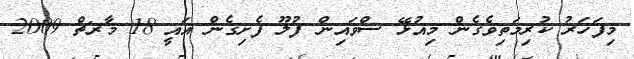
މިފަހަރު ކުރިމަތިވެގެން މިއުޅޭ ސްވައިން ފުލޫ ފެށިގެން އައީ 18 މާރޗް 2009